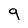
Character: 9